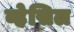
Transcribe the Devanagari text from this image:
व्हेसिल